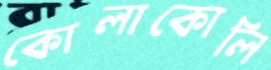
কোলাকোলি